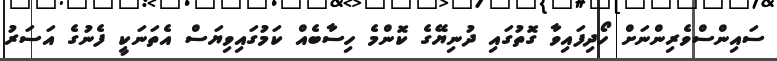
ސައިންސްވެރިންނަށް ހޯދިފައިވާ ގޮތުގައި ދުނިޔޭގެ ކޮންމެ ހިސާބެއް ކަމުގައިވިޔަސް އެތަނަކީ ފެނުގެ އަސަރު